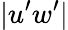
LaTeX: \vert u^{\prime}w^{\prime}\vert